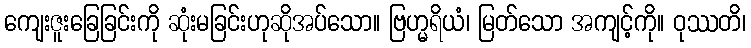
ကျေးဇူးခြေခြင်းကို ဆုံးမခြင်းဟုဆိုအပ်သော။ ဗြဟ္မရိယံ၊ မြတ်သော အကျင့်ကို။ ဝုဿတိ၊